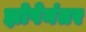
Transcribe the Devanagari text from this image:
झोपेनंतर